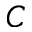
C